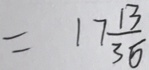
= 1 7 \frac { 1 3 } { 3 5 }